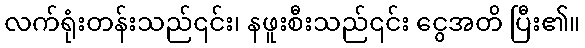
လက်ရုံးတန်းသည်၎င်း၊ နဖူးစီးသည်၎င်း ငွေအတိ ပြီး၏။